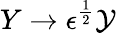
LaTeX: Y\rightarrow\epsilon^{\frac{1}{2}}\mathcal{Y}